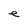
Character: e